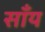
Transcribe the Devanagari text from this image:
साँय